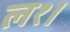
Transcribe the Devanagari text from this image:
ल१।